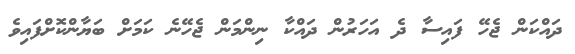
ދައްކަން ޖެހޭ ފައިސާ ދެ އަހަރުން ދައްކާ ނިންމަން ޖެހޭނެ ކަމަށް ބަޔާންކޮށްފައިވެ